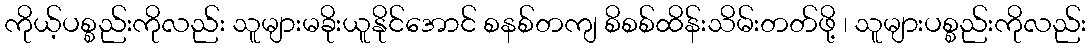
ကိုယ့်ပစ္စည်းကိုလည်း သူများမခိုးယူနိုင်အောင် စနစ်တကျ စိစစ်ထိန်းသိမ်းတတ်ဖို့ ၊ သူများပစ္စည်းကိုလည်း